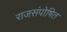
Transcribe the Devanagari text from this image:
राजसंपोषित